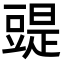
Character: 䜻